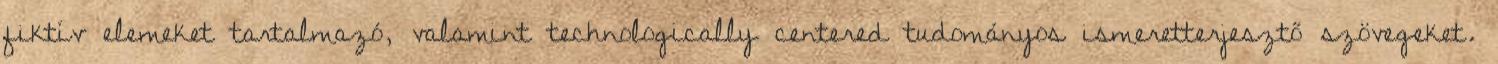
fiktív elemeket tartalmazó, valamint technologically centered tudományos ismeretterjesztő szövegeket.